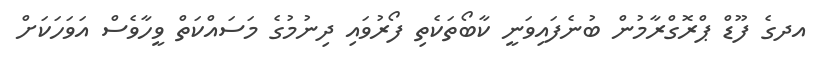
އދގެ ފޫޑް ޕްރޮގްރާމުން ބުނެފައިވަނީ ކާބޯތަކެތި ފޯރުވައި ދިނުމުގެ މަސައްކަތް ވީހާވެސް އަވަހަކަށް